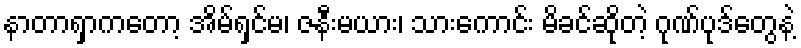
နာတာရှာကတော့ အိမ်ရှင်မ၊ ဇနီးမယား၊ သားကောင်း မိခင်ဆိုတဲ့ ဂုဏ်ပုဒ်တွေနဲ့